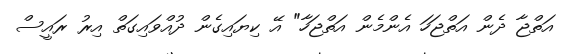
އަތްޖާ ދެން އަތްޖަހަ އެންމެން އަތްޖަހާ" އޭ ކިޔައިގެން ދުއްވައިގަތް އިރު ރައީސް